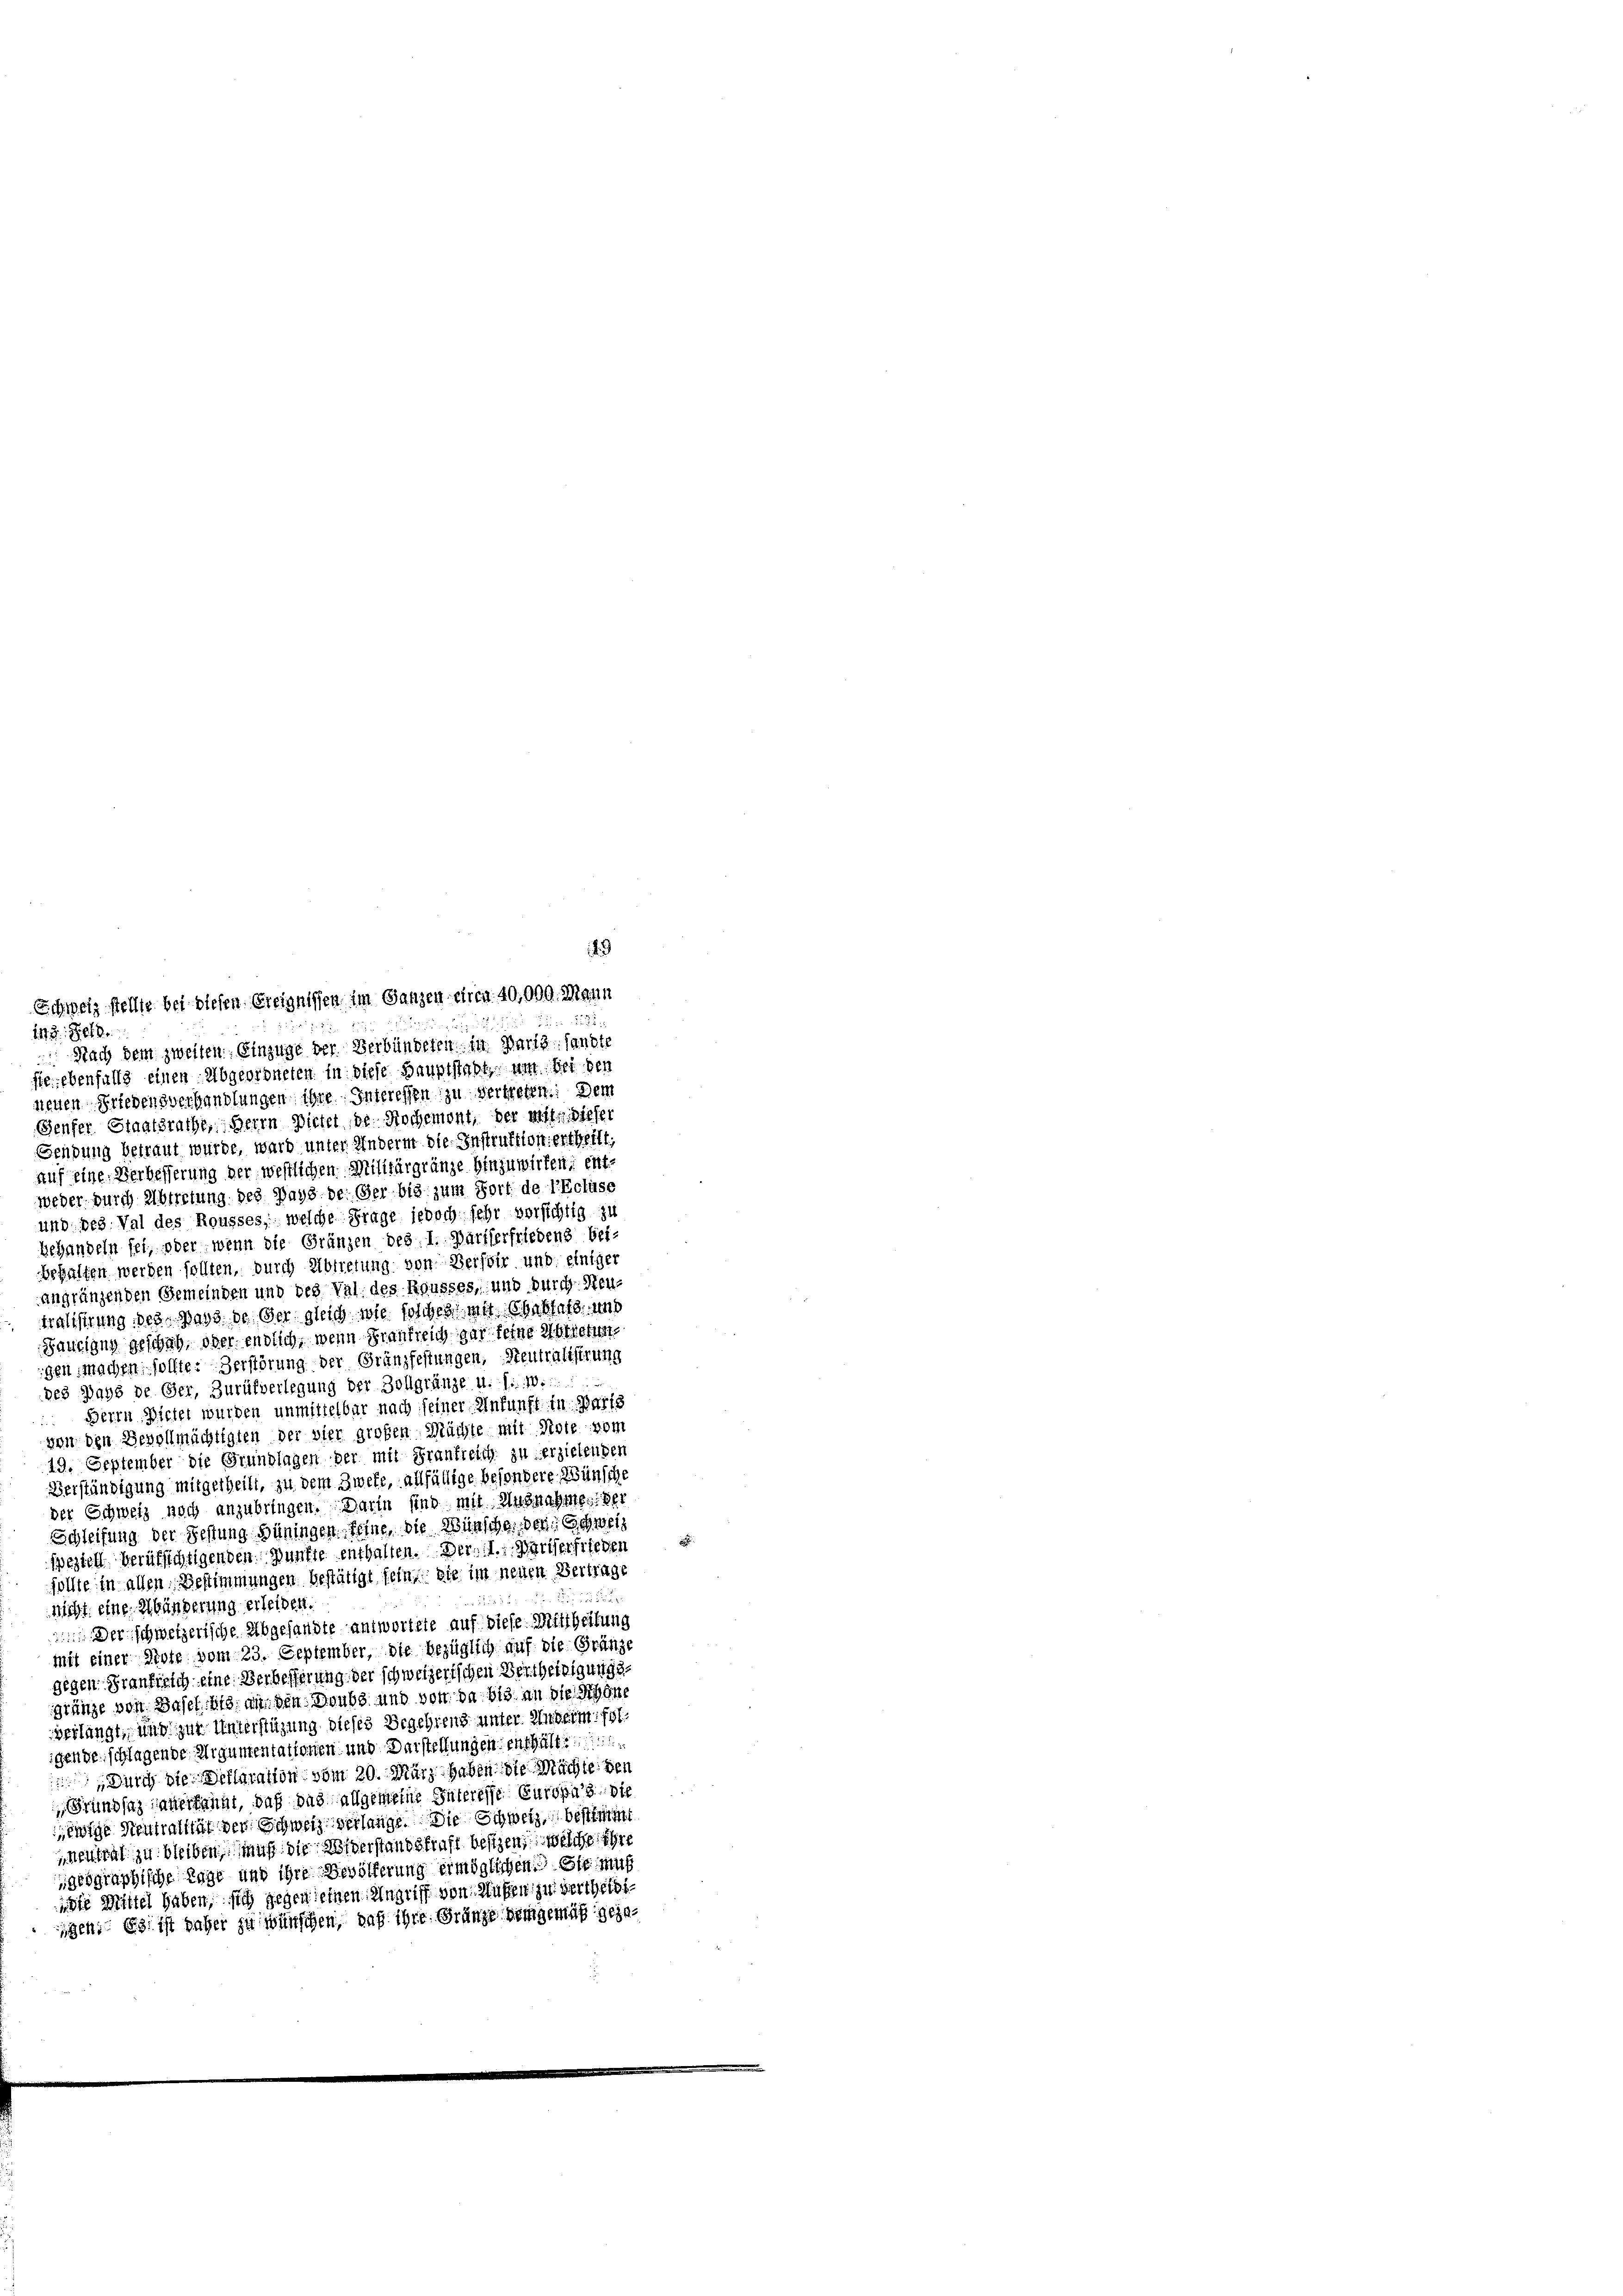
Schweiz stellte bei diesen Ereignissen im Ganzen circa 40,000. Mann
147 Zif. 8.
 Nach dem zweiten Einzüge der Verbündeten in Warig sandte
steriebenfalls einen Abgeordneten in diese Hauptstatt, um Bei den
neuen Friedensverhandlungen ihre Interessen zu vertreten: Dem
Genfer Staatsrathe, Herrn Bieter der Rochemont, der mitte dieser
Sendung betraut wurde, ward unter Andern die Instruktioniertheilt,
auf eine Verbesserung der westlichen Militärgränze hinzuwirken, ent-
weder durch Abtretung des pays der Ger bis zum Fort de l’Ecluse
und des Val des Rousses, welche Frage jedoch sehr vorsichtig zu
behandeln sei, oder wenn die Gränzen des I. Pariserfriedens bei-
behalten werden sollten, durch Abtretung von Persoir und einiger
angränzenden Gemeinden und des Val des Rousses, und durch Neu-
tralisirung des pays de der gleich wie solchen mit Erblass, und
Laueiang geschah, oder endlich, wenn Frankreich gar feine Herretunigen machen, sollte. Verstörung der Franzfestungen, Neutralisirung
des Daps de Ger, Zurükverlegung der Zollgränze u. s. w.
 Herrn Dieter wurden unmittelbar nach seiner Ankunft in Paris
von den Bevollmächtigten der vier großen Mächte mit Note vom
19. September die Grundlagen der mit Frankreich zu erzielenden
Verständigung mitgetheilt, zu dem Zweke, allfällige besondere Wünsche
der Schweiz noch anzubringen. Darin sind mit Ausnahme der
Schleifung der Festung Büningen feine, die Wünschen den Schweiz
speziell berufsichtigenden Bünfte enthalten. Der I. Werther frieden
sollte in allen Bestimmungen bestätigt sein, die im neuen Vertrage

nicht eine Abänderung erleiben.
 Der schweizerische Abgesandte antwortete auf diese Mittheilung
mit einer Stote vom 23. September, die bezüglich auf die Gränze
gegen Frankreich eine Verbesserung der schweizerischen Vertheiligungsgränze von Basel. Mts. an den Doubs und von da bis an die Schöne
verlangt, und zur Unterstützung dieses Begehrens unter Unterm fol.
igenden schlagende Eigententationen und Darstellungen enthalt
Durch die Declaration vom 20. März haben die Mächte den
Grundsaz anerkannt, daß das allgemeine Interesse Europas die
ewige Neutralität der Schweiz verlange. Die Schweiz, bestimmt
neutral zu bleiben muß die Averstandskraft besizen, welche ihre
geographische Lage und ihre Bevölkerung ermöglichen Sie muß
die Mittel haben, sich gegen seinen Angriff von Wassen zu vertheiligen: Es ist daher zu wünschen, auf ihre Gränze demgemäß gege¬

49